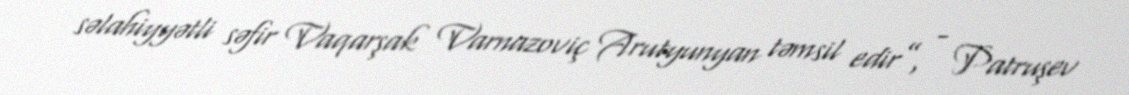
səlahiyyətli səfir Vaqarşak Varnazoviç Arutyunyan təmsil edir”, - Patruşev